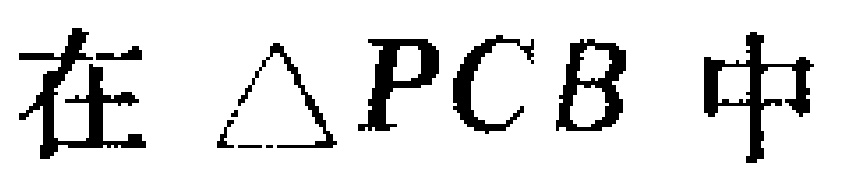
在 $\triangle PCB$ 中